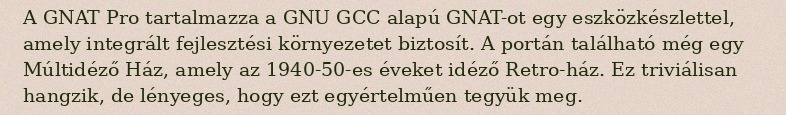
A GNAT Pro tartalmazza a GNU GCC alapú GNAT-ot egy eszközkészlettel, amely integrált fejlesztési környezetet biztosít. A portán található még egy Múltidéző Ház, amely az 1940-50-es éveket idéző Retro-ház. Ez triviálisan hangzik, de lényeges, hogy ezt egyértelműen tegyük meg.